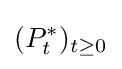
(P_{t}^{*})_{t\geq 0}